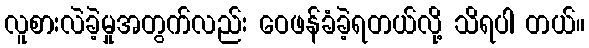
လူစားလဲခဲ့မှုအတွက်လည်း ဝေဖန်ခံခဲ့ရတယ်လို့ သိရပါ တယ်။